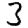
Digit: 3